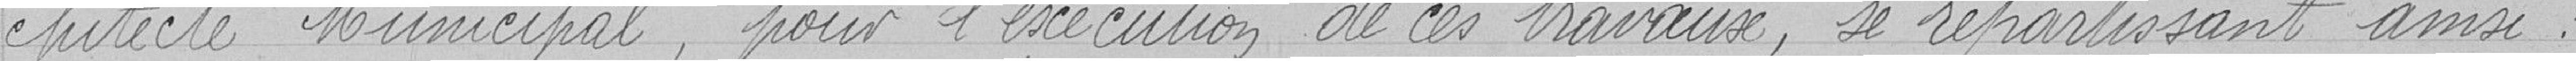
chitecte municipal, pour l'exécution de ces travaux, se répartissint ainsi :